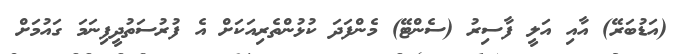
(އަޑުބަރޭ) އާއި އަލީ ފާސިރު (ސެންޓޭ) މެންފަދަ ކުޅުންތެރިއަކަށް އެ ފުރުސަތުދީފިނަމަ ގައުމަށް